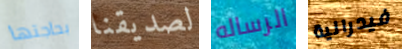
بحاجتها لصديقنا الرساله فيدرالية